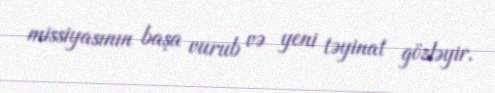
missiyasının başa vurub və yeni təyinat gözləyir.